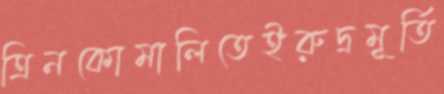
ত্রিনকোমালিতেইরুদ্রমূর্তি